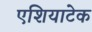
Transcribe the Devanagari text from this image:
एशियाटेक